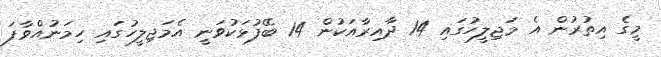
މީގެ އިތުރުން އެ މަޖިލީހުގައި 14 ދާއިރާއަކުން 14 ބޭފުޅަކުވަނީ އެމަޖިލީހުގައި ހިމަނުއްވާފަ